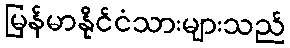
မြန်မာနိုင်ငံသားများသည်